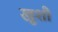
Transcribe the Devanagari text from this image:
खूशी